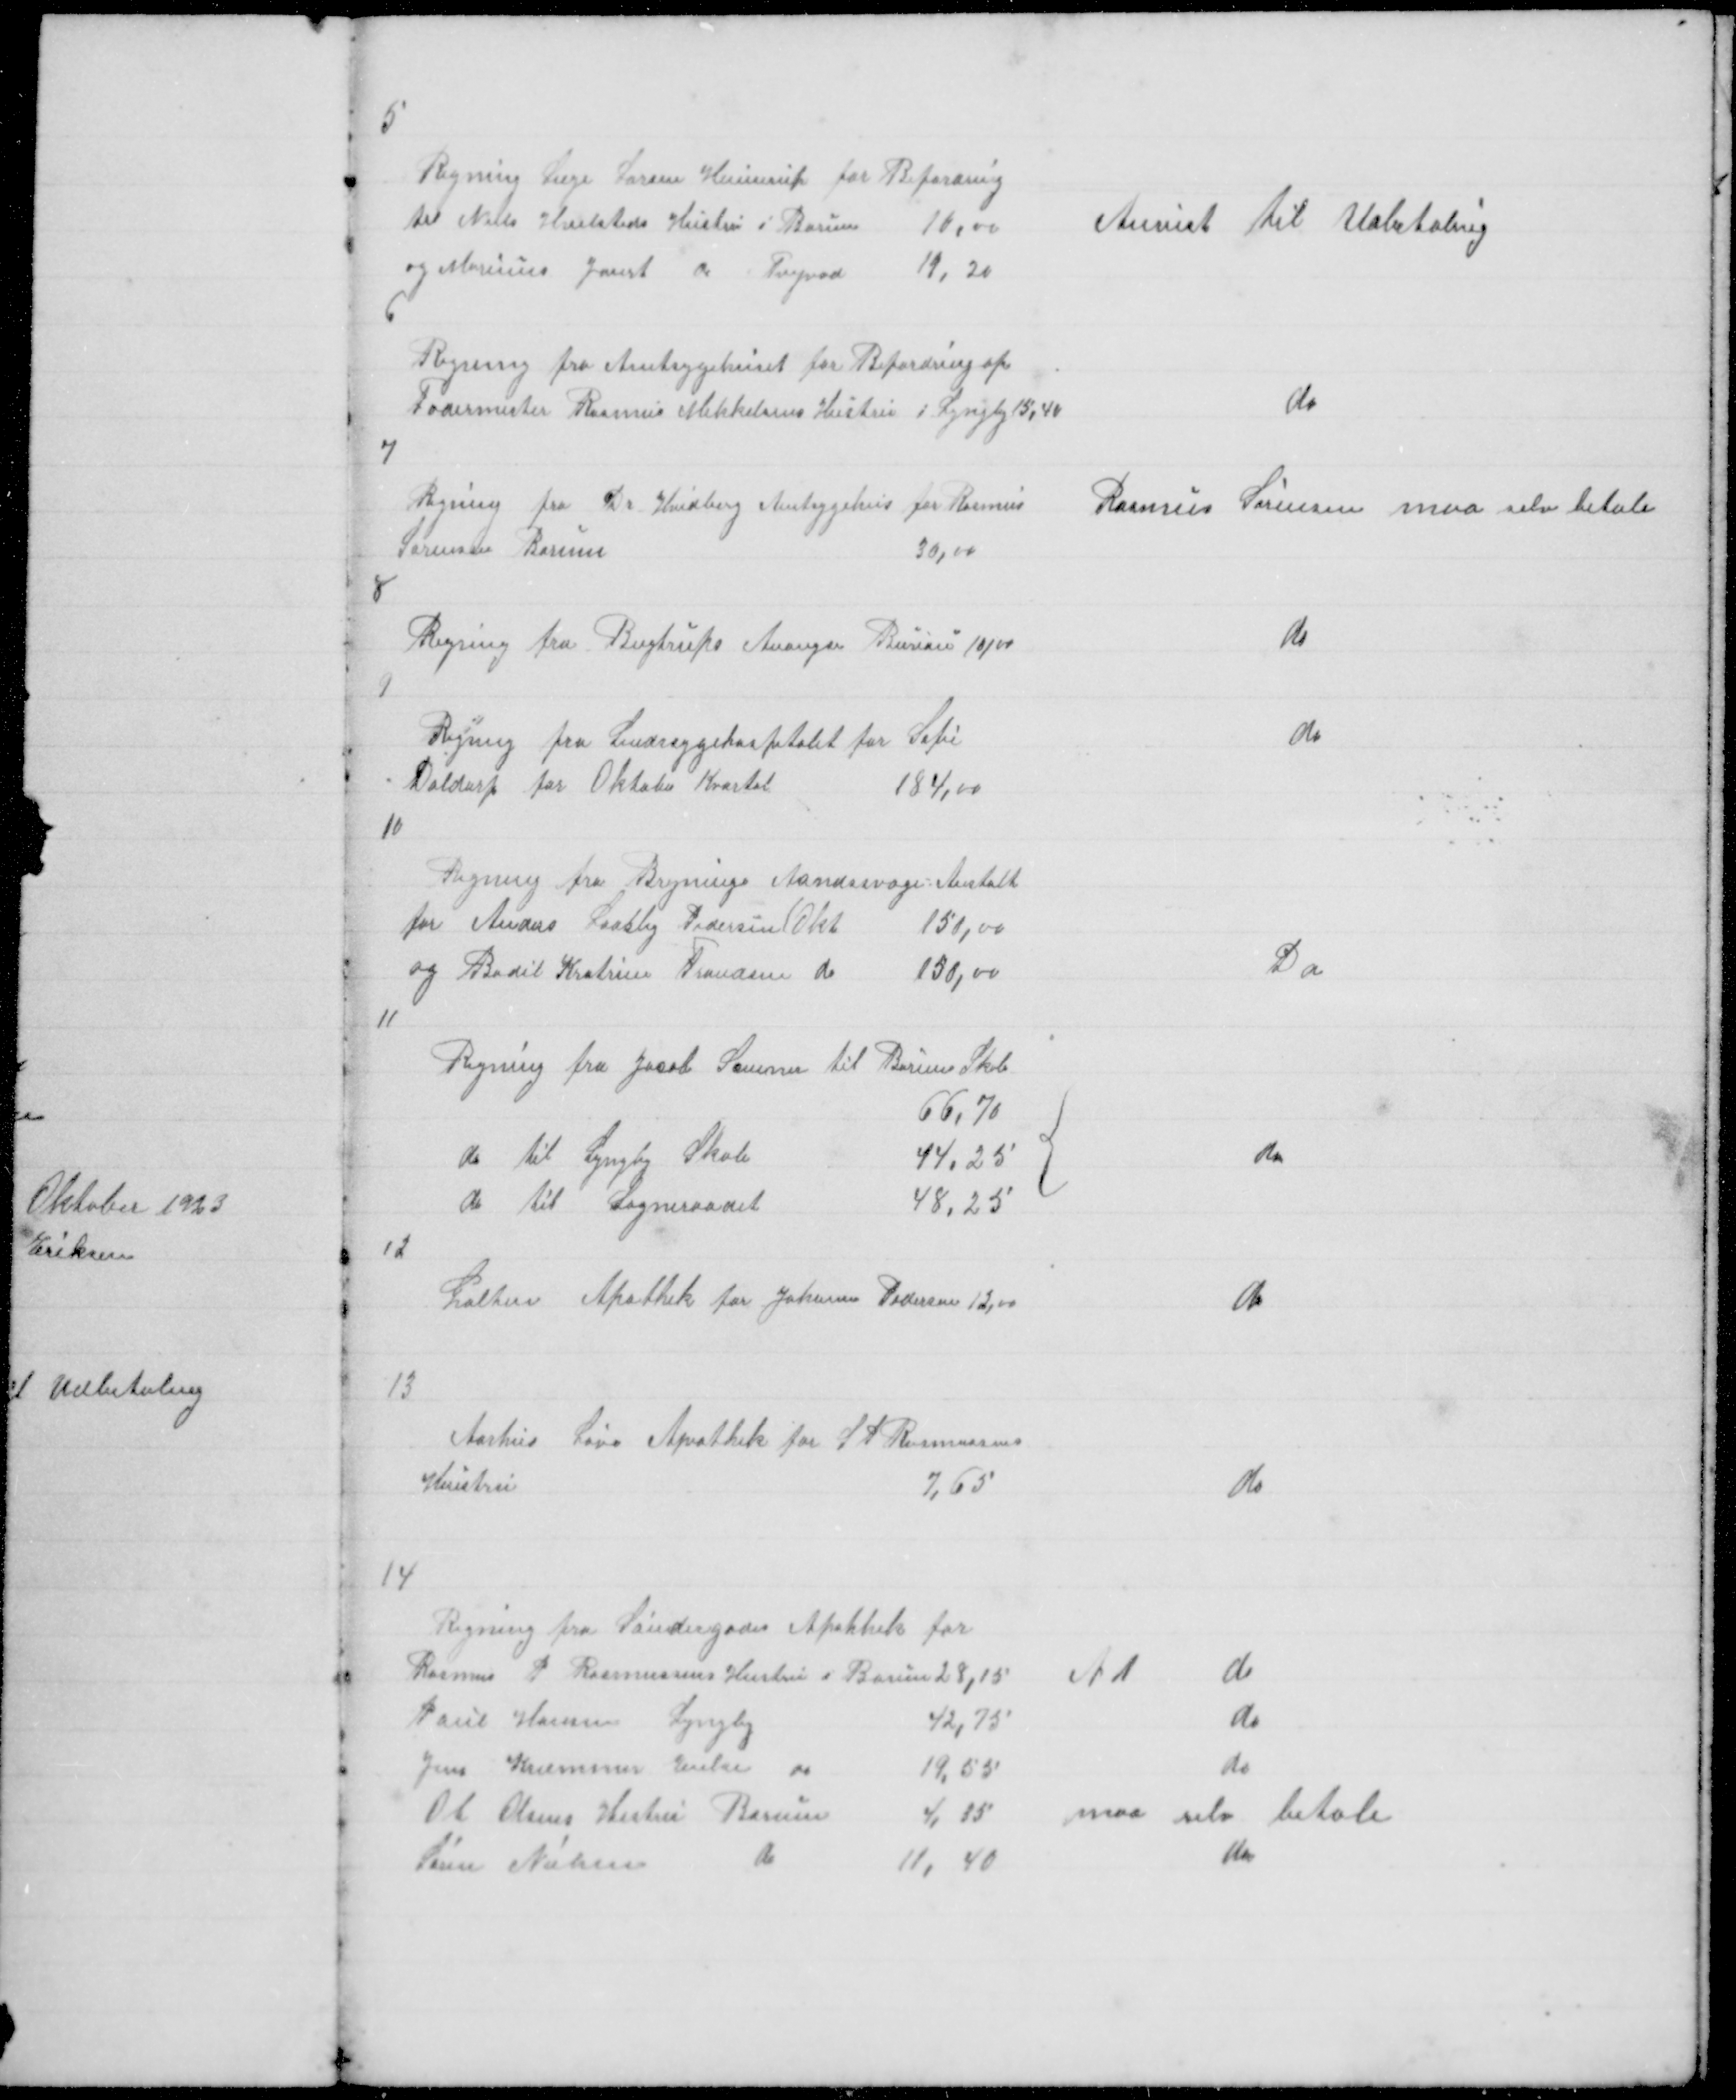
Transskription:
5

Regning Læge Larsen Hinnerup for Befordring
til Niels Hvilsteds Hustru i Borum
10,00
og Marinus Jaurt do Tingvad
19,20

Anvist til Udbetaling

6

Regning fra Amtsygehuset for Befordring af
Fodermester Rasmus Mikkelsens Hustru i Lyngby 15,40

do

7

Regning fra Dr Hvidberg Amtsygehus for Rasmus
Sørensen Borum
30,00

Rasmus Sørensen maa selv betale

8

Regning fra Bugtrups Anongse Bureau 10,00

do

9

Regning fra Sindssygehospitalet for Sofie
Daldorf for Oktober Kvartal
184,00

Do

10

Regning fra Bregninge Aandssvageanstalt 
for Anders Laasby Pedersen (Okt
150,00
og Bodil Kratrine Frandsen do
150,00

Do

11

do

12

Galten Apothek for Johanne Pedersen 12,00

do

13

Aarhus Løve Apothek for S P Rasmussens
Hustru
7,65

do

14

Regning fra Søndergades Apothek for
Rasmus P Rasmussens Hustru i Borum 28,15

N1
do